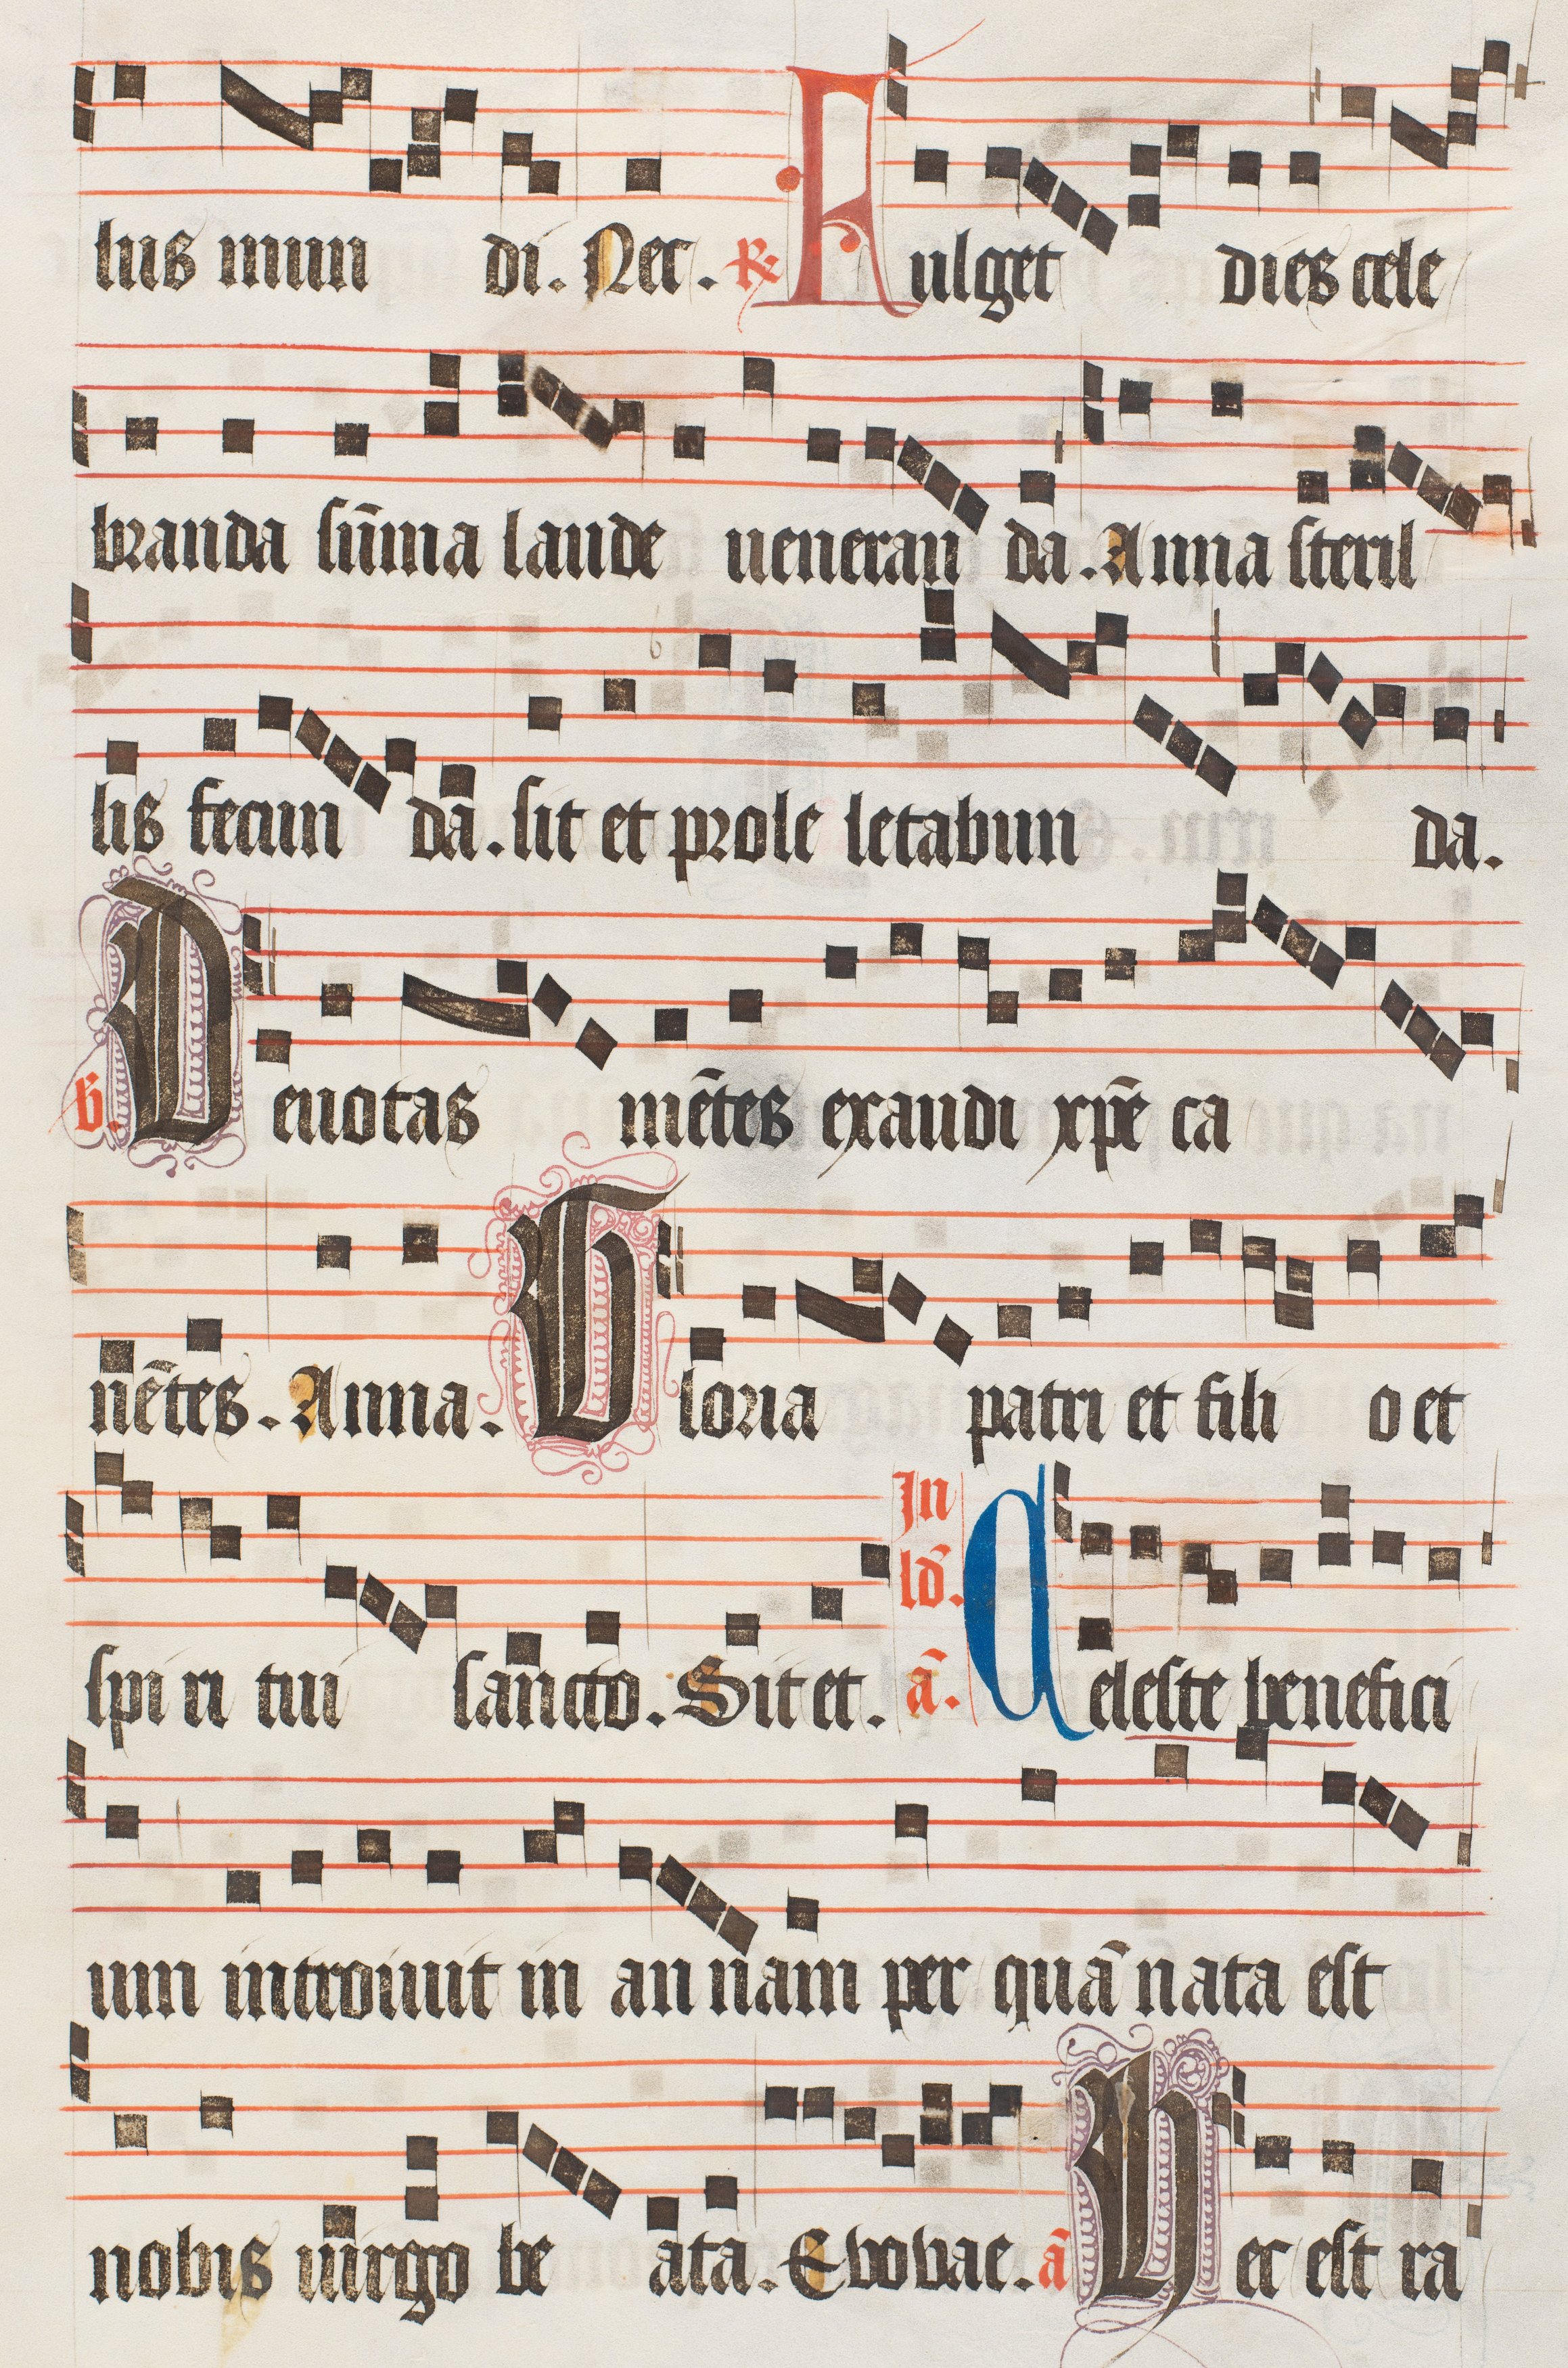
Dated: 1474–1505